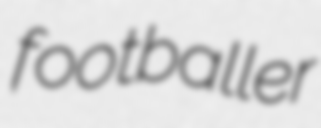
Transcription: footballer